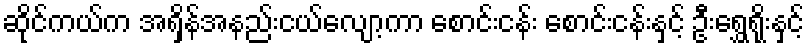
ဆိုင်ကယ်က အရှိန်အနည်းငယ်လျော့ကာ စောင်းငန်း စောင်းငန်းနှင့် ဦးရွှေရိုးနှင့်